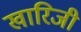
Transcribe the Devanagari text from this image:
खारिजी